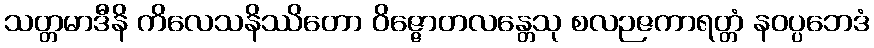
သတ္တမာဒီနိ ကိလေသနိဿိတော ဝိဇ္ဇောတလန္တေသု စလဉဇကာရတ္တံ နဝပ္ပဘေဒံ